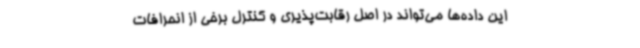
این داده‌ها می‌تواند در اصل رقابت‌پذیری و کنترل برخی از انحرافات